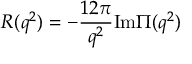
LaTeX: R ( q ^ { 2 } ) = - \frac { 1 2 \pi } { q ^ { 2 } } \mathrm { I m } \Pi ( q ^ { 2 } )